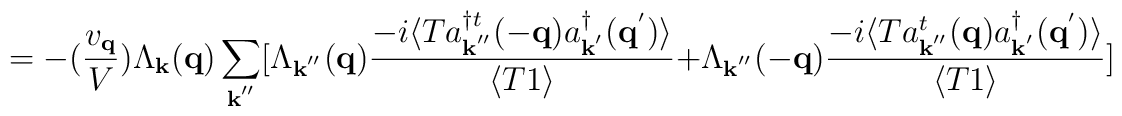
= -(\frac{ v_{ {\bf{q}} } }{V})\Lambda_{ {\bf{k}} }({\bf{q}})\sum_{ {\bf{k}}^{''} }[\Lambda_{ {\bf{k}}^{''} }({\bf{q}})\frac{ -i\langle T a^{\dagger t}_{ {\bf{k}}^{''} }(-{\bf{q}})a^{\dagger}_{ {\bf{k}}^{'} }({\bf{q}}^{'}) \rangle }{\langle T 1 \rangle}+ \Lambda_{ {\bf{k}}^{''} }(-{\bf{q}})\frac{ -i\langle T a^{t}_{ {\bf{k}}^{''} }({\bf{q}})a^{\dagger}_{ {\bf{k}}^{'} }({\bf{q}}^{'}) \rangle }{\langle T 1 \rangle} ]